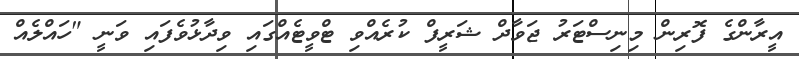
އީރާންގެ ފޮރިން މިިނިސްޓަރު ޖަވާދް ޝަރީފް ކުރެއްވި ޓްވީޓެއްގައި ވިދާޅުވެފައި ވަނީ "ހައްލެއް